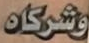
وشركاه